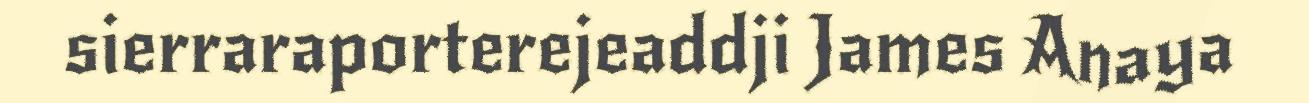
sierraraporterejeaddji James Anaya